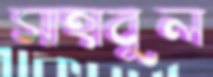
সাহাবুল